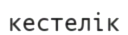
кестелік